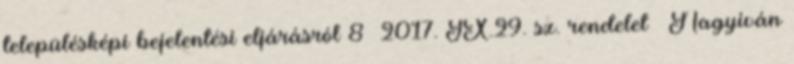
településképi bejelentési eljárásról 8 2017. IX.29. sz. rendelet – Nagyiván